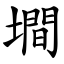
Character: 墹